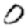
Digit: 0